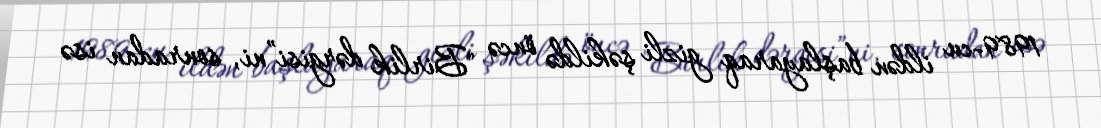
1989-cu ildən başlayaraq gizli şəkildə öncə "Birlik dərgisi”ni, sonradan isə